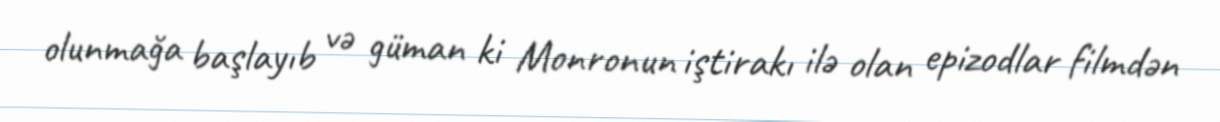
olunmağa başlayıb və güman ki Monronun iştirakı ilə olan epizodlar filmdən